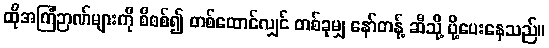
ထိုအကြံဉာဏ်များကို စိစစ်၍ တစ်ထောင်လျှင် တစ်ခုမျှ နော်တန့် ဆီသို့ ပို့ပေးနေသည်။